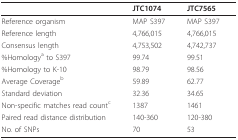
|  | JTC1074 | JTC7565 |
 | --- | --- | --- |
 | Reference organism | MAP S397 | MAP S397 |
 | Reference length | 4,766,015 | 4,766,015 |
 | Consensus length | 4,753,502 | 4,742,737 |
 | %Homologya to S397 | 99.74 | 99.51 |
 | %Homology to K-10 | 98.79 | 98.56 |
 | Average Coverageb | 59.89 | 62.77 |
 | Standard deviation | 32.36 | 34.65 |
 | Non-specific matches read countc | 1387 | 1461 |
 | Paired read distance distribution | 140-360 | 120-380 |
 | No. of SNPs | 70 | 53 |